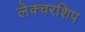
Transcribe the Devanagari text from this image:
लेक्चरशिप